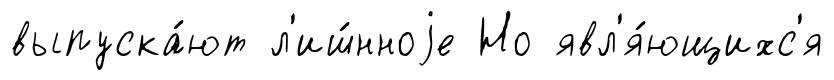
выпуска́ют л'иш́нноjе Но явл'я́ющихс'я